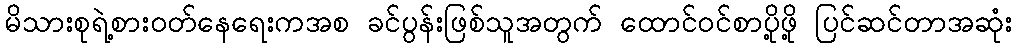
မိသားစုရဲ့စားဝတ်နေရေးကအစ ခင်ပွန်းဖြစ်သူအတွက် ထောင်ဝင်စာပို့ဖို့ ပြင်ဆင်တာအဆုံး